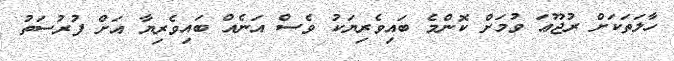
ހާލަތަކަށް ރުޖޫޢަ ވުމަށް ކޮންމެ ބައިވެރިޔަކު ވެސް އަނެއް ބައިވެރިޔާ އަށް ފުރުސަތު